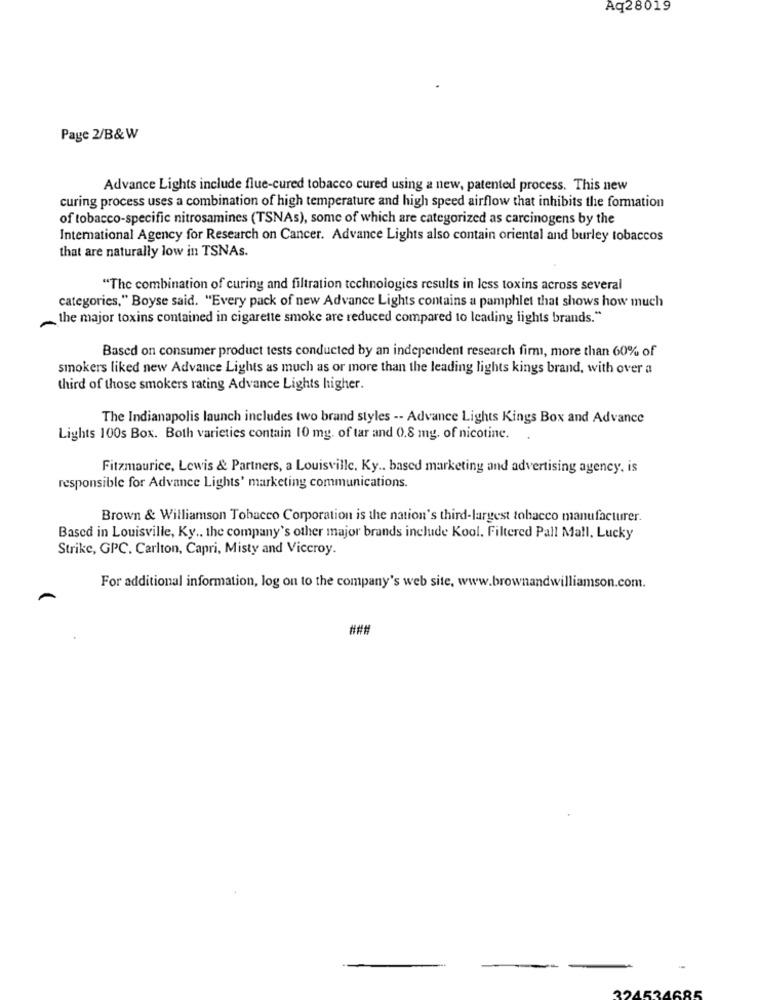
Aq28019
Page 2/B& W
Advance Lights include flue-cured tobacco cured using a new, patented process. This new
curing process uses a combination of high temperature and high speed airflow that inhibits the formation
of tobacco-specific nitrosamines (TSNAs), some of which are categorized as carcinogens by the
International Agency for Research on Cancer. Advance Lights also contain oriental and burley tobaccos
that are naturally low in TSNAs.
"The combination of curing and filtration technologies results in less toxins across several
categories," Boyse said. "Every pack of new Advance Lights contains a pamphlet that shows how much
the major toxins contained in cigarette smoke are reduced compared to leading lights brands."
Based on consumer product tests conducted by an independent research firm, more than 60% of
smokers liked new Advance Lights as much as or more than the leading lights kings brand, with over a
third of those smokers rating Advance Lights higher.
The Indianapolis launch includes two brand styles -- Advance Lights Kings Box and Advance
Lights 100s Box. Both varieties contain 10 mg. of tar and 0.8 mg. of nicotine.
Fitzmaurice, Lewis & Partners, a Louisville, Ky .. based marketing and advertising agency, is
responsible for Advance Lights' marketing communications.
Brown & Williamson Tobacco Corporation is the nation's third-largest tobacco manufacturer.
Based in Louisville, Ky ., the company's other major brands include Kool. Filtered Pall Mall, Lucky
Strike, GPC. Carlton, Capri, Misty and Viceroy.
For additional information, log on to the company's web site, www.brownandwilliamson.com.
###
1685